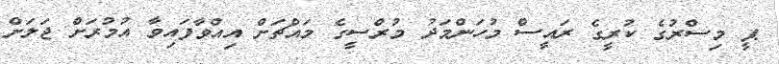
ޕީ މިސްރުގެ ކުރީގެ ރައީސް މުހަންމަދު މުރްސީގެ މައްޗަށް އިއްވާފައިވާ އުމުރަށް ޖަލަށް